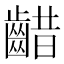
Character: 齰